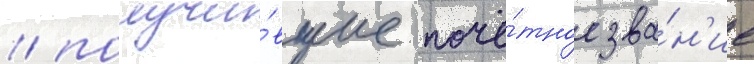
/ получи́вшие почё́тное зва́н'ие